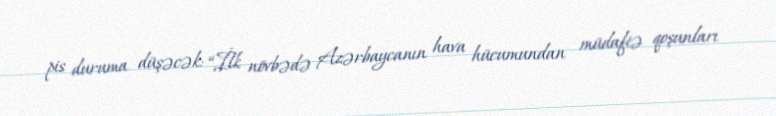
pis duruma düşəcək: “İlk növbədə Azərbaycanın hava hücumundan müdafiə qoşunları